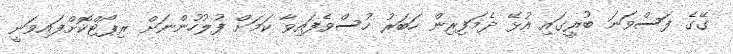
ގޭގެ ފަސްވަނަ ބުރީގައި އުޅޭ ދެމަފިރިން ހަބަރު ހުސްވެފައިވާ ކަމަށް ފުލުހުންނަށް ރިޕޯޓްކޮށްފައިވަނީ